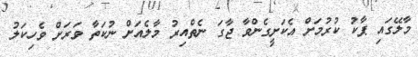
މާލޭގައި ޕާކު ކުރުމަށް އެކަށީގެންވާ ޖާގަ ނެތްއިރު މާލެއަށް ނުކަތާ ވަރަށް ވެހިކަލު